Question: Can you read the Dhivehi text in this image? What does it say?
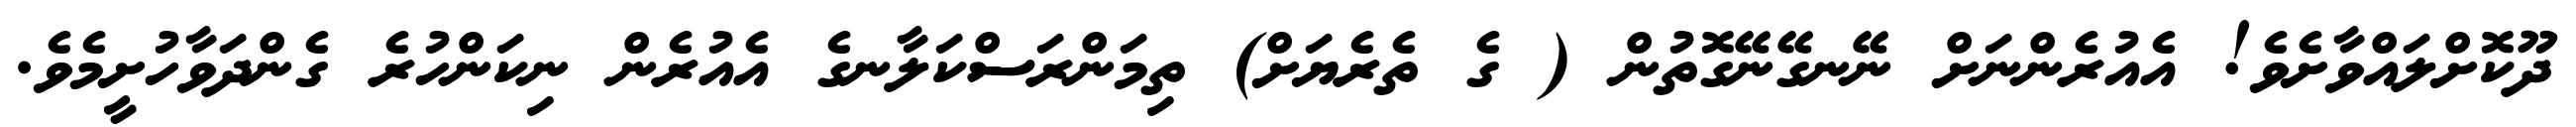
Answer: ދޫކޮށްލައްވާށެވެ! އެއުރެންނަށް ނޭނގޭނޭގޮތުން ( ގެ ތެރެޔަށް) ތިމަންރަސްކަލާނގެ އެއުރެން ނިކަންހުރެ ގެންދަވާހުށީމެވެ.